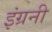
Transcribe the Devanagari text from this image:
इंग्रनी